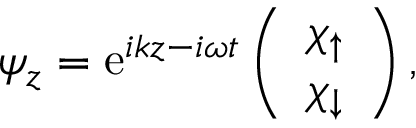
\begin{array} { r } { \psi _ { z } = \mathrm { e } ^ { i k z - i \omega t } \left( \begin{array} { c } { \chi _ { \uparrow } } \\ { \chi _ { \downarrow } } \end{array} \right) , } \end{array}